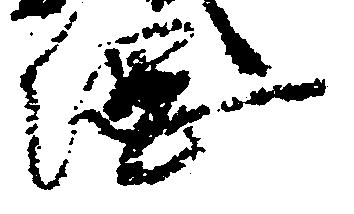
綱